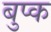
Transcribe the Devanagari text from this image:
बुप्क